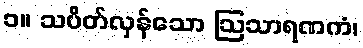
၁။ သပိတ်လှန်သော ဩသာရဏကံ၊